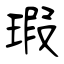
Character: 瑕